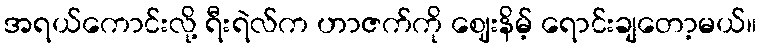
အရယ်ကောင်းလို့ ရီးရဲလ်က ဟာဇက်ကို ဈေးနိမ့် ရောင်းချတော့မယ်။